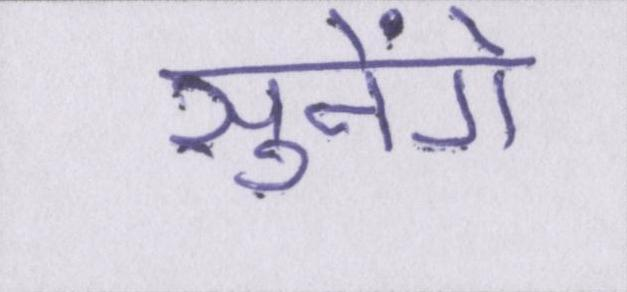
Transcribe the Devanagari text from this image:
सुनेंगे